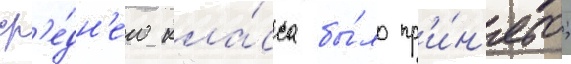
ср'е́дн'его кла́сса бы́ло пр'и́н'ято;